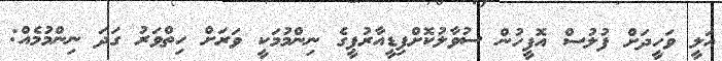
އަލީ ވަހީދަށް ފުލުސް އޮފީހުން ސުވާލުކޮށްފިޑީއާރުޕީގެ ނިންމުމަކީ ވަރަށް ހިތްވަރު ގަދަ ނިންމުމެއް: